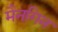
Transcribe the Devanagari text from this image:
मैनगिन